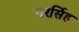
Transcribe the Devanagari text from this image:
नरर्सिह